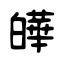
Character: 皣